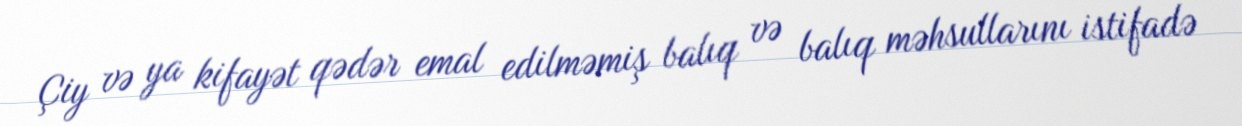
Çiy və ya kifayət qədər emal edilməmiş balıq və balıq məhsullarını istifadə